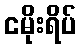
ငမိုးရိပ်